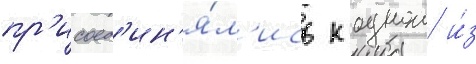
пр'исоед'ин'я́л'ись к однои и́з